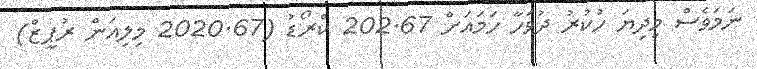
ނަމަވެސް މިދިޔަ ހުކުރު ދުވަހާ ހަމައަށް 202.67 ކްރޯޑު (2020.67 މިލިއަން ރުޕީޒް)